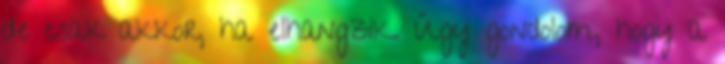
de csak akkor, ha elhangzik. Úgy gondolom, hogy a